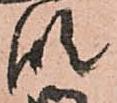
段